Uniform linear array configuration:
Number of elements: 12
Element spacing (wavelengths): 0.5
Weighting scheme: cosine
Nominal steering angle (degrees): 30
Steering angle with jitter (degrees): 30.069
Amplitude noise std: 0.05
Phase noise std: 0.05

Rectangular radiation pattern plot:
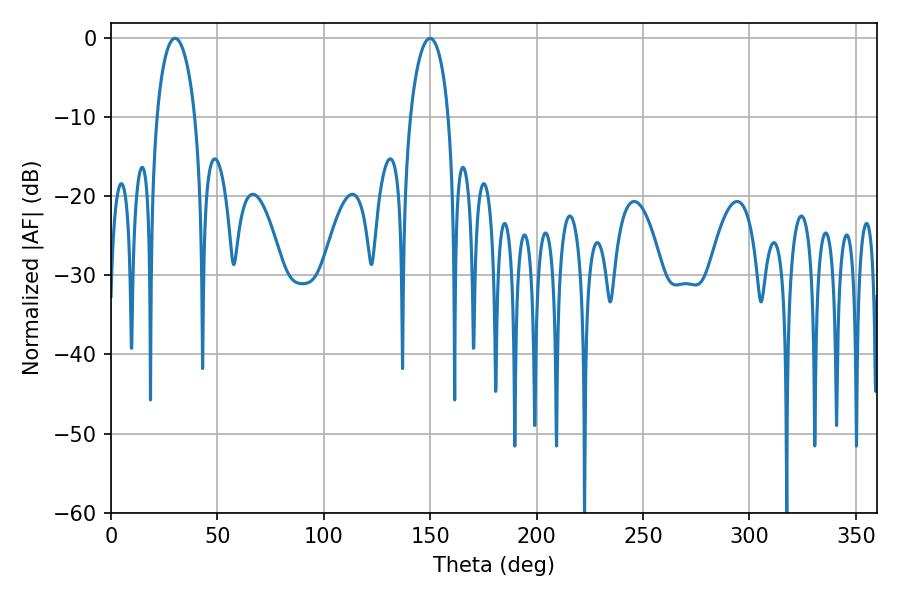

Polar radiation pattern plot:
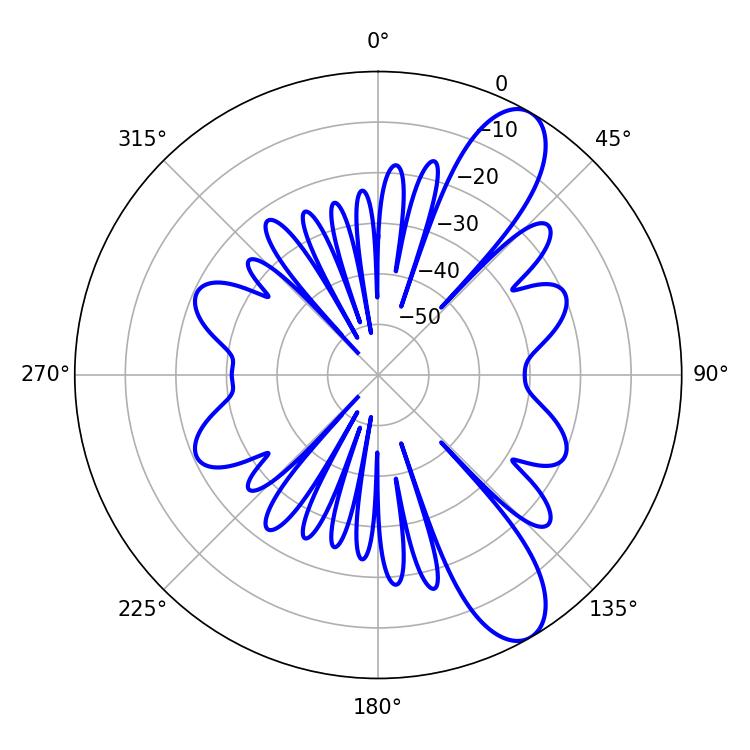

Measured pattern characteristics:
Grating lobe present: FALSE
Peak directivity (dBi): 10.126
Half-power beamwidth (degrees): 10.26
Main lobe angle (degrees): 30.06